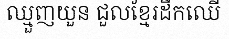
ឈ្មួញយួន ជួលខ្មែរដឹកឈើ